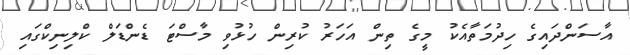
އާސަންދައިގެ ހިދުމަތާއެކު މީގެ ތިން އަހަރު ކުރިން ހުޅުވި މާސްޓަ ޑެންޑަލް ކްލިނިކްގައި